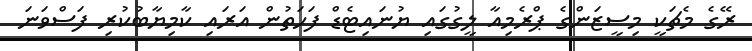
ރޭގެ މެޗަކީ މިސީޒަންގެ ޕްރެމިއާ ލީގުގައި ޔުނައިޓެޑް ފަހަތުން އަރައި ކާމިޔާބުކުރި ފަސްވަނަ